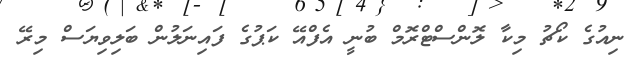
ނިއުގެ ކޯޗު މިކާ ލޮންސްޓްރޮމް ބުނީ އެފްއޭ ކަޕުގެ ފައިނަލުން ބަލިވިޔަސް މިރޭ